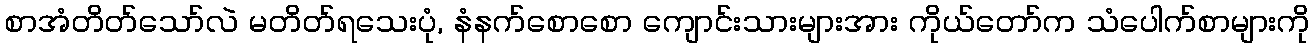
စာအံတိတ်သော်လဲ မတိတ်ရသေးပုံ, နံနက်စောစော ကျောင်းသားများအား ကိုယ်တော်က သံပေါက်စာများကို